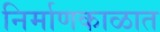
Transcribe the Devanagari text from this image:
निर्माणकाळात